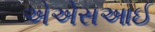
એએસઆઈ